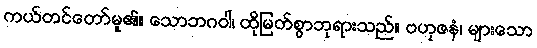
ကယ်တင်တော်မူ၏။ သောဘဂဝါ၊ ထိုမြတ်စွာဘုရားသည်။ ဗဟုဇနံ၊ များသော